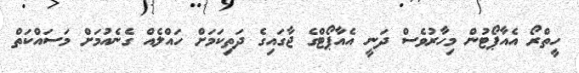
ހީތްރޯ އެއާޕޯޓުން މިހާރުވެސް ދަނީ އެއާޕޯޓްގެ ޖާގައިގެ ދަތިކަމަށް ހައްލެއް ގެނެއުމަށް މަސައްކަތް